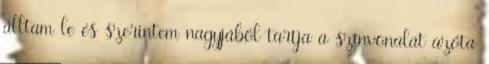
álltam le és szerintem nagyjából tartja a színvonalat azóta